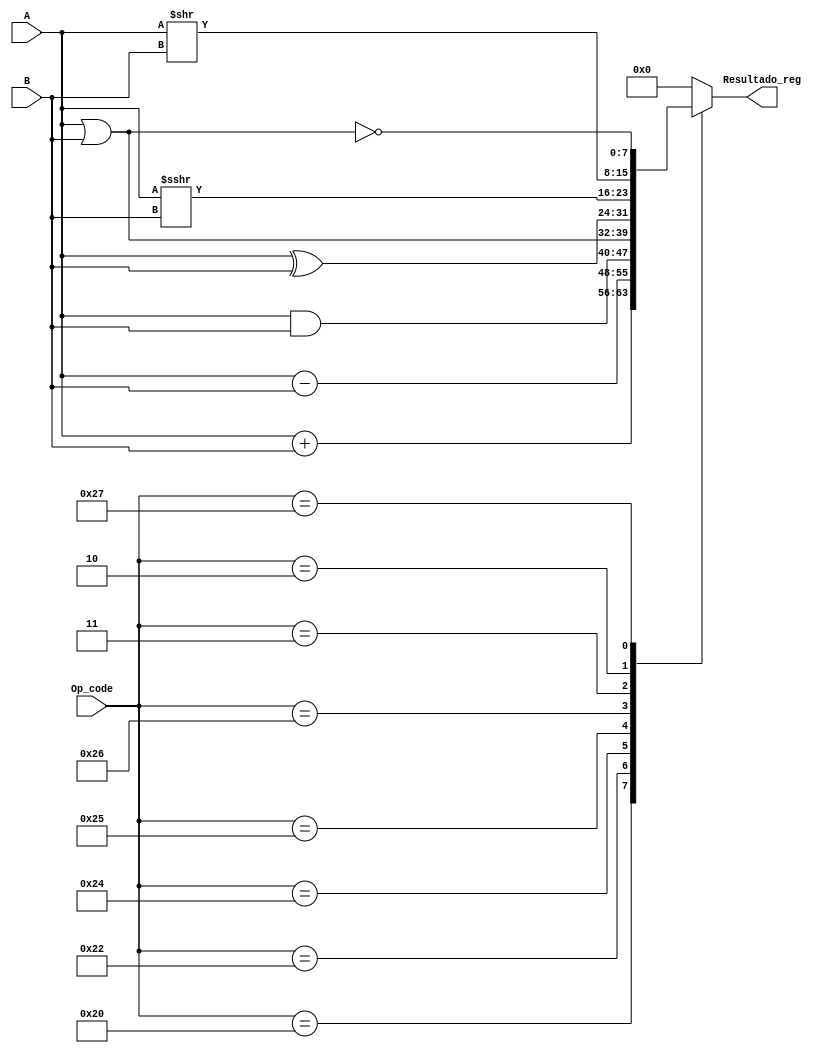
module Alu#(parameter DATA_LENGTH=8)
			 (
			 input signed [(DATA_LENGTH-1):0] A,
			 input signed [(DATA_LENGTH-1):0] B,
			 input [DATA_LENGTH-1:0] Op_code,
			 output reg signed [(DATA_LENGTH-1):0] Resultado_reg
			  );

	always @(*)
	begin
		case(Op_code)
			6'b00100000: Resultado_reg=A+B;//ADD
			6'b00100010: Resultado_reg=A-B;//SUB
			6'b00100100: Resultado_reg=A&B;//AND
			6'b00100101: Resultado_reg=A|B;//OR
			6'b00100110: Resultado_reg=A^B;//XOR
			6'b00000011: Resultado_reg=A>>>B;//SRA
			6'b00000010: Resultado_reg=A>>B;//SRL
			6'b00100111: Resultado_reg=~(A|B);//NOR
			default: Resultado_reg={(DATA_LENGTH){1'b0}};
		endcase
	end
	
endmodule